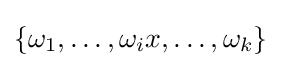
\{\omega _{1},\dots ,\omega _{i}x,\dots ,\omega _{k}\}